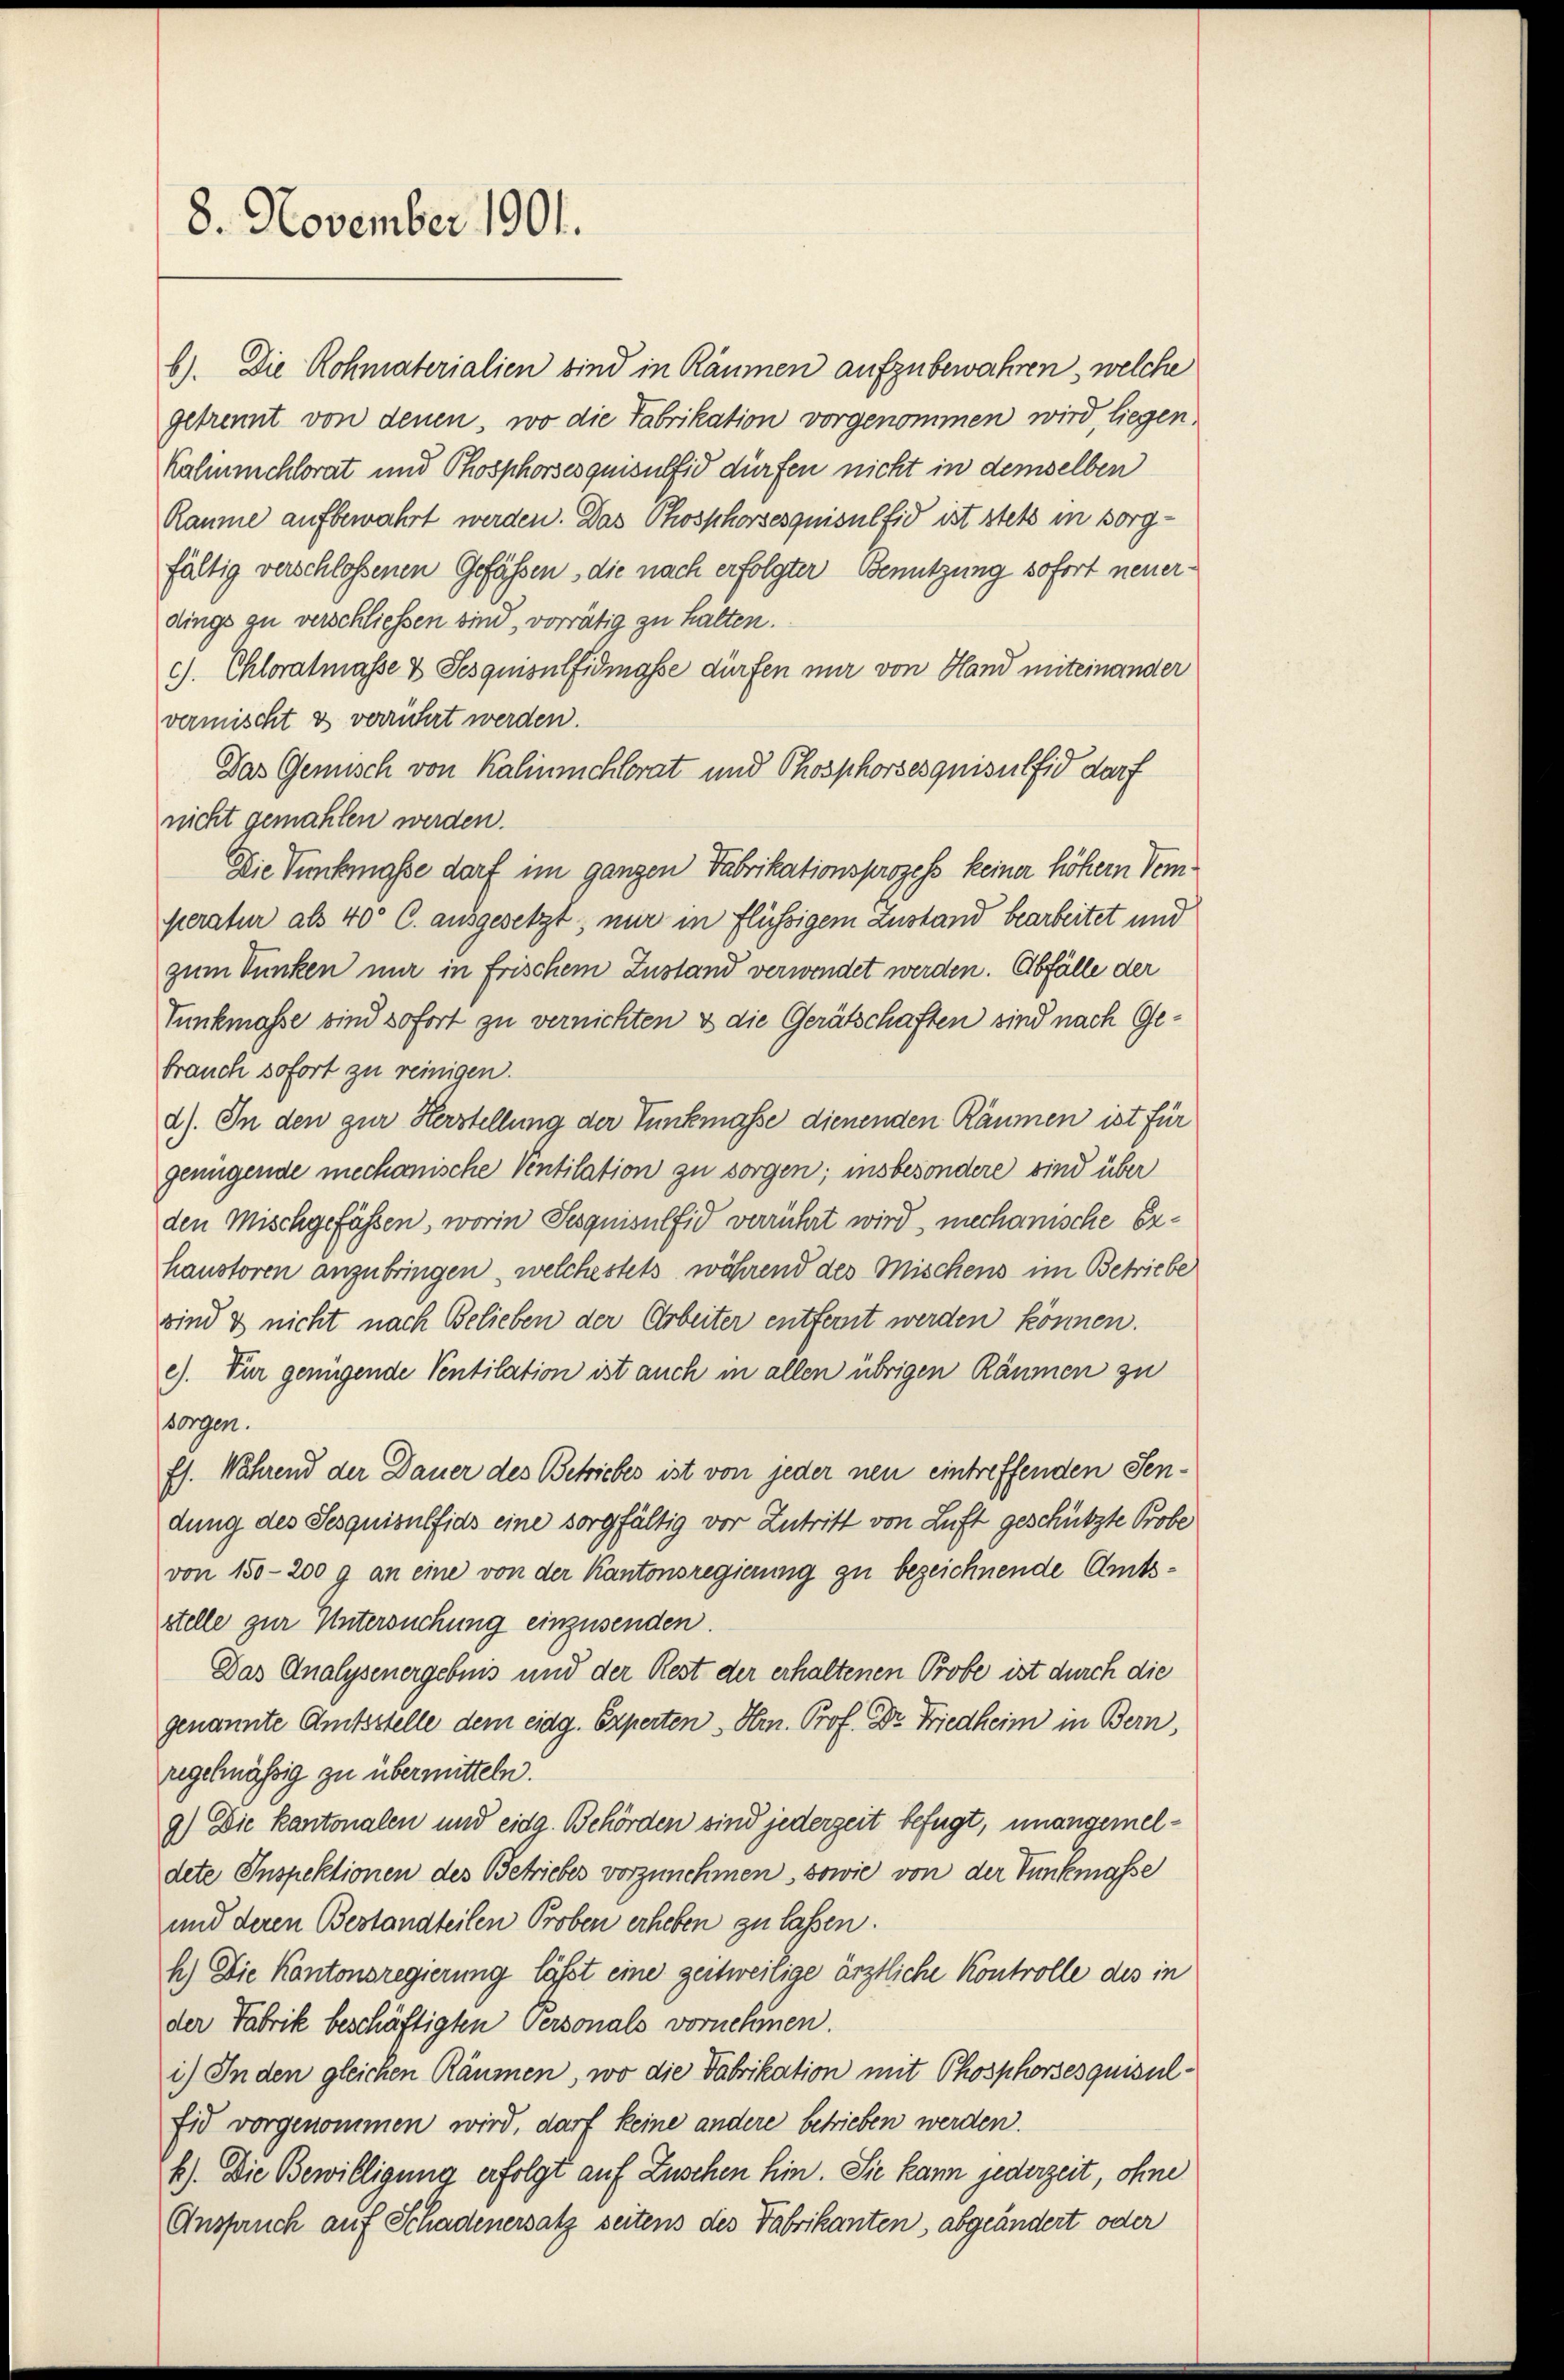
8. November 1901.

b). Die Rohmaterialien sind in Räumen aufzubewahren, welche
getrennt von denen, wo die Fabrikation vorgenommen wird, liegen,
Kalinmchlorat und Phosphorsesquisulfid dürfen nicht in demselben
Räume aufbewahrt werden. Das Phosphorsesquisulfid ist stets in sorgfältig verschlossenen Gefässen, die nach erfolgter Benutzung sofort neuerdings zu verschliessen sind, vorrätig zu halten.
c). Chloralmasse & Sesquisulfidmasse dürfen nur von Hand miteinander
vermischt & verrührt werden.
Das Gemisch von Kalinschlorat und Phosphorsesquisulfid darf
nicht gemahlen werden.
Die Tunkmasse darf im ganzen Fabrikationsprozess keiner höhern dem
peratur als 40 C. ausgesetzt, nur in flüssigem Zustand bearbeitet und
zum Dunken nur in frischem Zustand verwendet werden. Abfälle der
Tunkmasse sind sofort zu vernichten & die Gerätschaften sind nach Gebrauch sofort zu reinigen.
d). In den zur Herstellung der Tunkmasse dienenden Räumen ist für
genügende mechanische Ventilation zu sorgen; insbesondere sind über
den Mischgefässen, worin Sesquisulfid verrührt wird, mechanische Exhanstoren anzubringen, welchestets während des Mischens im Betriebe
sind & nicht nach Belieben der Arbeiter entfernt werden können.
c). Für genügende Ventilation ist auch in allen übrigen Räumen zu
sorgen.
Es. Während der Dauer des Betriebes ist von jeder neu eintreffenden Sendung des Sesquisulfids eine sorgfältig vor Zutritt von Luft geschützte Probe
von 150-200 g an eine von der Kantonsregierung zu bezeichnende Amtsstelle zur Untersuchung einzusenden.
Das Analysenergebnis und der Rest der erhaltenen Probe ist durch die
genannte Amtsstelle dem eidg. Experten Hrn. Prof. Dr. Friedheim in Bern,
regelmässig zu übermitteln.
9) Die Kantonalen und eidg. Behörden sind jederzeit befugt, unangemeldete Inspektionen des Betriebes vorzunehmen, sowie von der Tunkmasse
und deren Bestandteilen Proben erheben zu lassen.
h.) Die Kantonsregierung lässt eine zeitweilige ärztliche Kontrolle des in
der Fabrik beschäftigten Personals vornehmen.
i.) In den gleichen Räumen, wo die Fabrikation mit Chosphorsesquisulfid vorgenommen wird, darf keine andere betrieben werden.
b). Die Bewilligung erfolgt auf Zuschen hin. Sie kann jederzeit, ohne
Anspruch auf Schadenersatz seitens des Fabrikanten, abgeändert oder